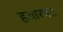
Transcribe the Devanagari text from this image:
हजारपट